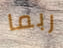
ربما